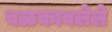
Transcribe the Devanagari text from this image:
बळकावलेले